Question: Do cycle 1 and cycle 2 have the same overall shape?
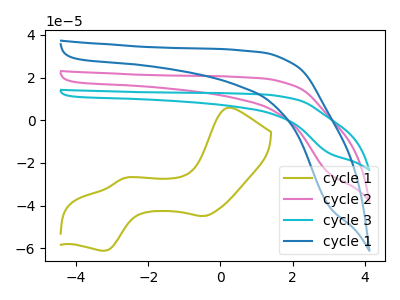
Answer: <think>The olive curve "cycle 1" has anodic peaks at (0.20V, 5.85uA) (-2.65V, -27.05uA) and cathodic peaks at (-0.45V, -44.85uA) (-3.20V, -61.10uA). The pink curve "cycle 2" has no peaks. The cyan curve "cycle 3" has no peaks. The blue curve "cycle 1" has no peaks.
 Neither "cycle 1" or "cycle 2" have any peaks.</think>
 <answer>"cycle 1" and "cycle 2" are similar in shape.</answer>
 <eval>same_shape</eval>